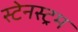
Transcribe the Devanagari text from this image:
स्टेनस्ट्रम